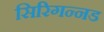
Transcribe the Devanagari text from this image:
सिरिगन्नड